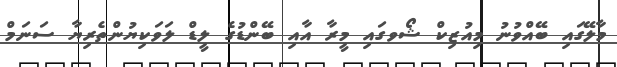
މާލޭގައި ބޭއްވުނު މިއުޒިކް ޝޯވގައި މީރާ އާއި ބޭންޑުގެ ލީޑް ލަވަކިޔުންތެރިޔާ ސަނަމް